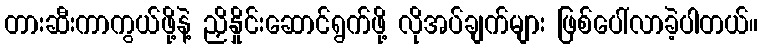
တားဆီးကာကွယ်ဖို့နဲ့ ညှိနှိုင်းဆောင်ရွက်ဖို့ လိုအပ်ချက်များ ဖြစ်ပေါ်လာခဲ့ပါတယ်။